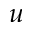
\boldsymbol { u }